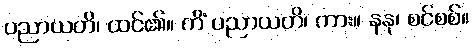
ပညာယတိ၊ ထင်၏။ ကိံ ပညာယတိ၊ ကား။ နနု၊ စင်စစ်။